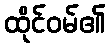
ထိုင်ဝမ်၏